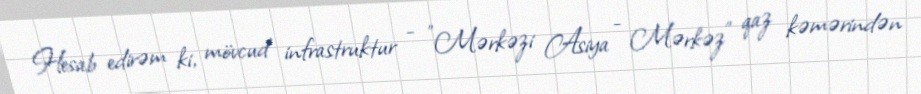
Hesab edirəm ki, mövcud infrastruktur - "Mərkəzi Asiya - Mərkəz" qaz kəmərindən